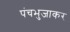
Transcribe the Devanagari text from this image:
पंचभुजाकर